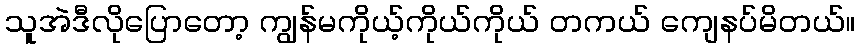
သူအဲဒီလိုပြောတော့ ကျွန်မကိုယ့်ကိုယ်ကိုယ် တကယ် ကျေနပ်မိတယ်။